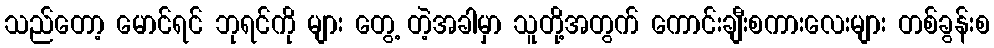
သည်တော့ မောင်ရင် ဘုရင်ကို များ တွေ့ တဲ့အခါမှာ သူတို့အတွက် ကောင်းချီးစကားလေးများ တစ်ခွန်းစ